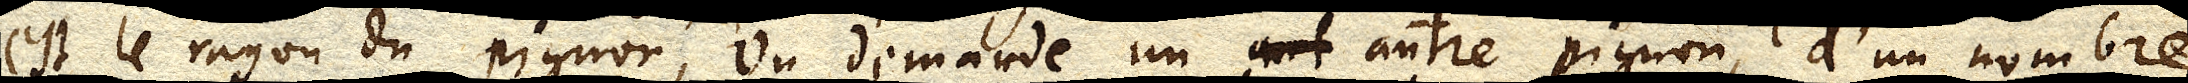
est le rayon du pignon, on demande un ant autre pignon, d’un nombre